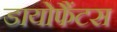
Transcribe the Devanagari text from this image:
डायोफैंटस